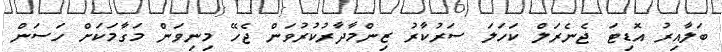
ބަލާއިރު އޮޑިޓަ ޖެނެރަލް ކަހަލަ ސަރުކާރު ޒިންމާދާރުކުރުވަން ޖެހޭ މިނިވަން މަގާމަކަށް ހަސަން